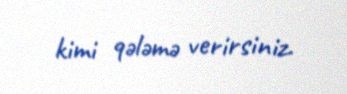
kimi qələmə verirsiniz.